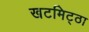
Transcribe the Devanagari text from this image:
खटमिट्ठा